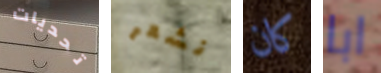
تحديات نشعر كان ابا